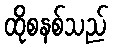
ထိုစနစ်သည်